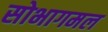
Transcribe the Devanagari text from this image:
सोभागमल